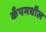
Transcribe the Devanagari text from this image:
कँपमधील